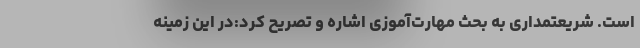
است. شریعتمداری به بحث مهارت‌آموزی اشاره و تصریح کرد:در این زمینه